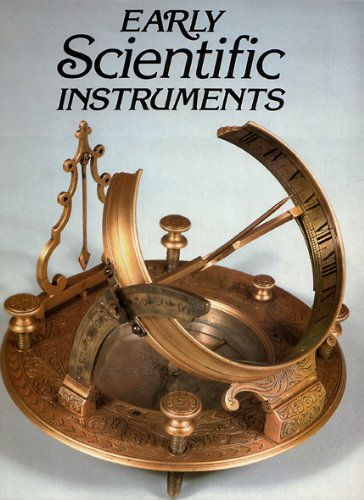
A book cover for Early scientific instruments; Nigel Hawkes; Science & Math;